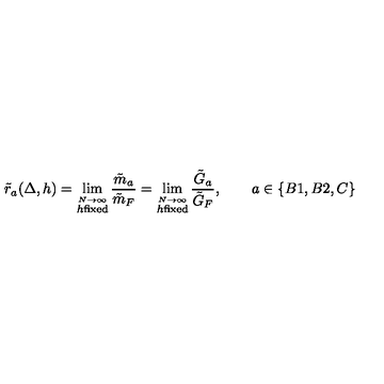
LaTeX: \tilde { r } _ { a } ( \Delta , h ) = \lim _ { \stackrel { N \to \infty } { h \mathrm { f i x e d } } } \frac { \tilde { m } _ { a } } { \tilde { m } _ { F } } = \lim _ { \stackrel { N \to \infty } { h \mathrm { f i x e d } } } \frac { \tilde { G } _ { a } } { \tilde { G } _ { F } } , \qquad a \in \{ B 1 , B 2 , C \}